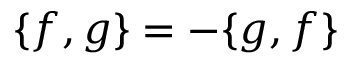
\{ f , g \} = - \{ g , f \}